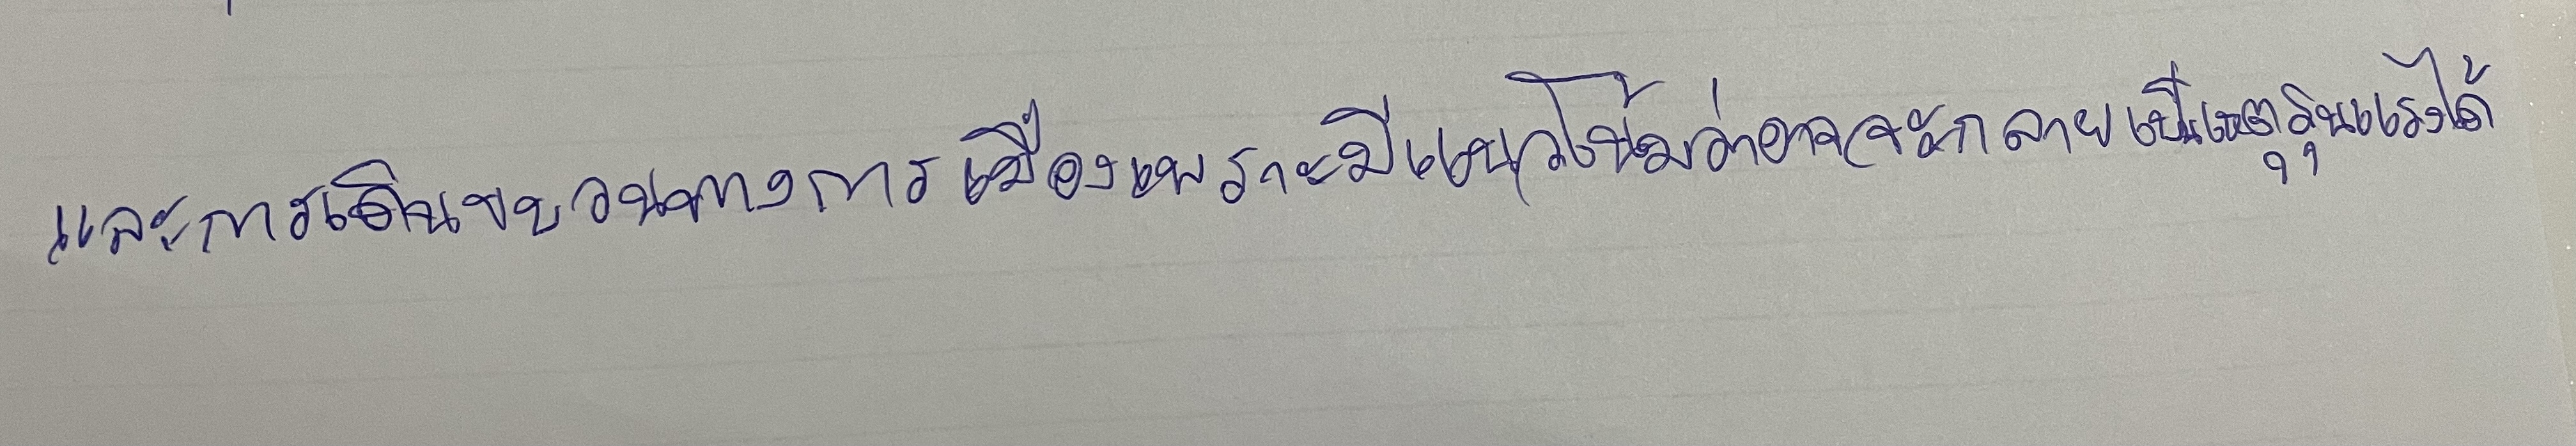
และการเดินขบวนทางการเมืองเพราะมีแนวโน้มว่าอาจจะกลายเป็นเหตุรุนแรงได้